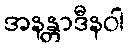
အနန္တာဒီနဝါ